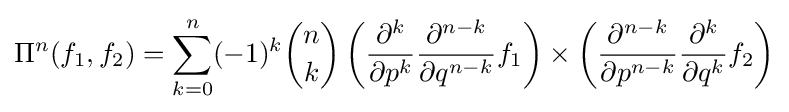
\Pi ^{n}(f_{1},f_{2})=\sum _{k=0}^{n}(-1)^{k}{n \choose k}\left({\frac {\partial ^{k}}{\partial p^{k}}}{\frac {\partial ^{n-k}}{\partial q^{n-k}}}f_{1}\right)\times \left({\frac {\partial ^{n-k}}{\partial p^{n-k}}}{\frac {\partial ^{k}}{\partial q^{k}}}f_{2}\right)